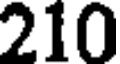
210